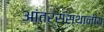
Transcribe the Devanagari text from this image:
आंतरसंस्थानीय